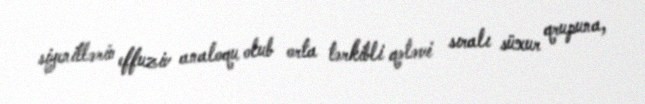
siyenitlərin effuziv analoqu olub orta tərkibli qələvi sıralı süxur qrupuna,